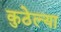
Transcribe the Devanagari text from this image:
कुठेल्या